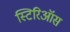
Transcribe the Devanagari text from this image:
स्टिरिऑस